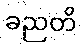
ခညတိ